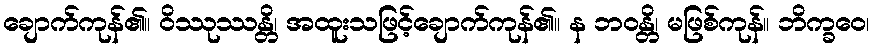
ချောက်ကုန်၏။ ဝိဿုဿန္တိ၊ အထူးသဖြင့်ချောက်ကုန်၏။ န ဘဝန္တိ၊ မဖြစ်ကုန်။ ဘိက္ခဝေ၊